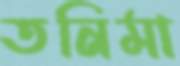
তনিমা